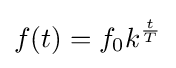
f(t)=f_{0}k^{\frac {t}{T}}